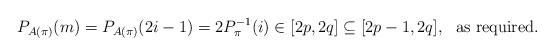
LaTeX: \begin{align*}P_{A( \pi )} (m) = P_{A( \pi )} (2i-1) =2 P_{\pi}^{-1} (i) \in [ 2p, 2q ] \subseteq [ 2p-1, 2q ],\ \mbox{ as required.}\end{align*}